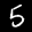
Label: 5